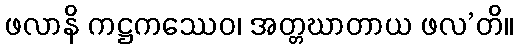
ဖလာနိ ကဋ္ဌကဿေဝ၊ အတ္တဃာတာယ ဖလ’တိ။